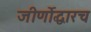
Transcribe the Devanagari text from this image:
जीर्णोद्धारच